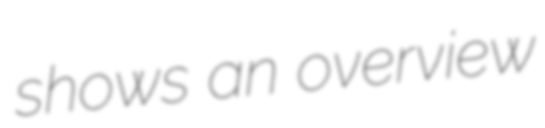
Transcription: shows an overview